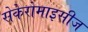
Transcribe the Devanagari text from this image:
सेकेरोमाइसीज